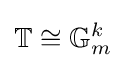
\mathbb {T} \cong \mathbb {G} _{m}^{k}